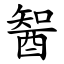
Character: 䣽